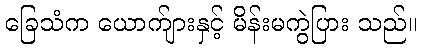
ခြေသံက ယောက်ျားနှင့် မိန်းမကွဲပြား သည်။